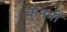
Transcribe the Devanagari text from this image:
कुननों